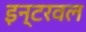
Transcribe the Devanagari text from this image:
इन्टरवल